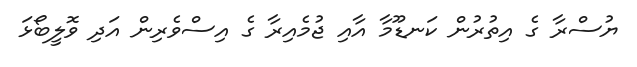
ޔުސްރާ ގެ އިތުރުން ކަނޑޫމާ އާއި ޖުމެއިރާ ގެ އިސްވެރިން އަދި ވޮލީބޯޅަ